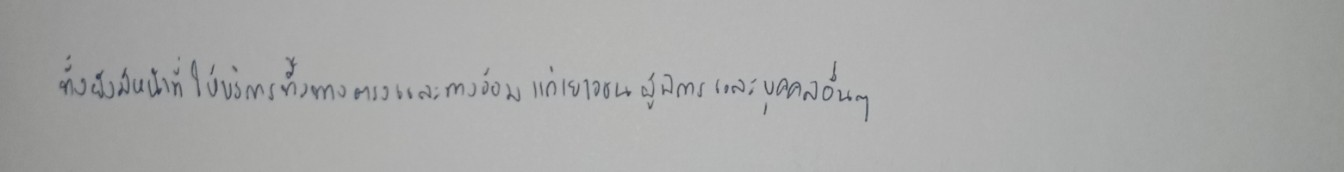
ทั้งยังมีหน้าที่ให้บริการทั้งทางตรงและทางอ้อมแก่เยาวชนผู้พิการและบุคคลอื่นๆ